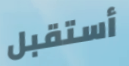
أستقبل